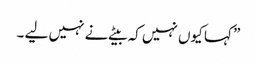
” کہا کیوں نہیں کہ بیٹے نے نہیں لیے ۔